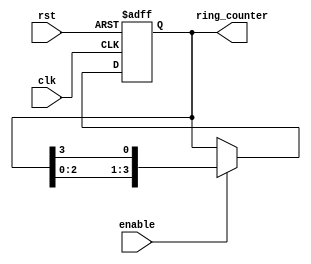
module RingCounterWithEnable (
    input clk,
    input rst,
    input enable,
    output reg [3:0] ring_counter
);

always @(posedge clk or posedge rst) begin
    if (rst) begin
        ring_counter <= 4'b0001;
    end else if (enable) begin
        ring_counter <= {ring_counter[2:0], ring_counter[3]};
    end
end

endmodule